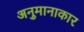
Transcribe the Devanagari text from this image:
अनुमानाकार